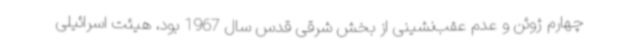
چهارم ژوئن و عدم عقب‌نشینی از بخش شرقی قدس سال 1967 بود، هیئت اسرائیلی